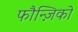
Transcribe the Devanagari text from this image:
फौन्ज़िको